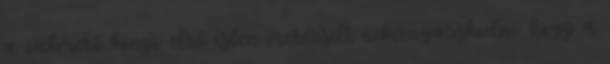
a vakmerő könyv első ízben merészelt nekirugaszkodni: hogy a